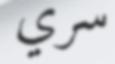
سري